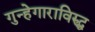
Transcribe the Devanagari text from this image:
गुन्हेगाराविरुद्ध